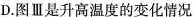
D.图Ⅲ是升高温度的变化情况